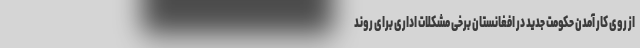
از روی کار آمدن حکومت جدید در افغانستان برخی مشکلات اداری برای روند